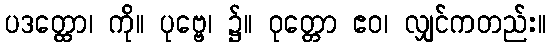
ပဒတ္ထော၊ ကို။ ပုဗ္ဗေ၊ ၌။ ဝုတ္တော ဧဝ၊ လျှင်ကတည်း။